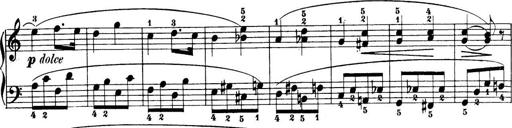
Title: 32 Sonatinas and Rondos for the Piano
Composer: Richard Kleinmichel